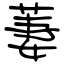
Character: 萋